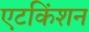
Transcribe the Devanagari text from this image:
एटकिंशन